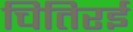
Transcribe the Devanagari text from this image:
चितिरई